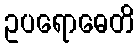
ဥပရောဓေတိ